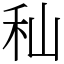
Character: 秈